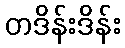
တဒိန်းဒိန်း